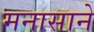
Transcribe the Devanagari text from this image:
मनासाने